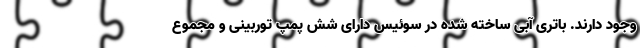
وجود دارند. باتری آبی ساخته شده در سوئیس دارای شش پمپ توربینی و مجموع